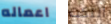
اعماله النكت